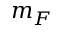
m _ { F }